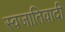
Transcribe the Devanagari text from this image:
स्वजातिवादी